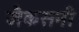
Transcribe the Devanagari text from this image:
जैकसनी